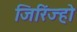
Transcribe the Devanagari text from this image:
जिरिंज्हो